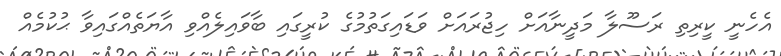
އެހެނީ ކީރިތި ރަސޫލާ މަދީނާއަށް ހިޖުރައަށް ވަޑައިގަތުމުގެ ކުރީގައި ބާވައިލެއްވި އާޔަތެއްގައިވާ ޙުކުމެއް